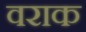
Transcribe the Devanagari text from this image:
वराक